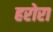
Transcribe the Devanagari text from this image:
हरोरा